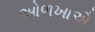
ઓળખાઐ